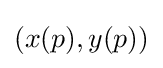
(x(p),y(p))